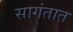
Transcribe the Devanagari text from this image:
सागंतात